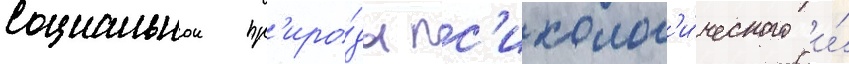
социальнои пр'иро́ды пс'ихолог'и́ческого и́